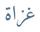
غزاة